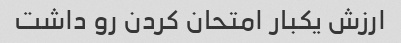
ارزش یکبار امتحان کردن رو داشت